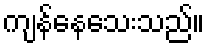
ကျန်နေသေးသည်။